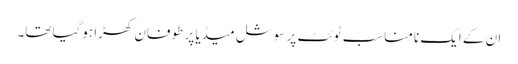
ان کے ایک نامناسب ٹوئٹ پر سوشل میڈیا پر طوفان کھڑا ہوگیا تھا۔